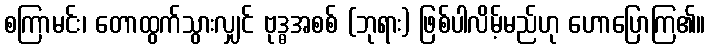
စကြာမင်း၊ တောထွက်သွားလျှင် ဗုဒ္ဓအစစ် (ဘုရား) ဖြစ်ပါလိမ့်မည်ဟု ဟောပြောကြ၏။